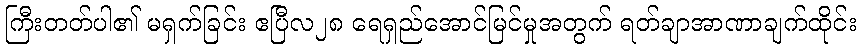
ကြီးတတ်ပါ၏ မရှက်ခြင်း ဧပြီလ၂၈ ရေရှည်အောင်မြင်မှုအတွက် ရတ်ချာအာဏာချက်ထိုင်း